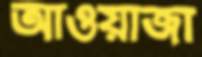
আওয়াজা